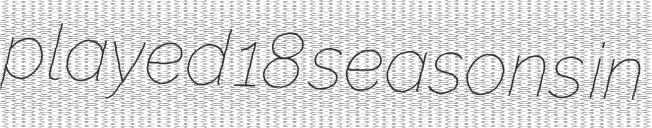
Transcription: played 18 seasons in